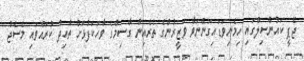
ޖޭޕީ ކައުންސިލްގައި ހިމެނިވަޑައިގަންނަވާ ވަޒީރުންގެ ތެރެއިން ގާސިމްގެ ވާހަކަފުޅަށް ތާއިދު ކުރައްވައި މެސެޖު